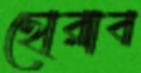
ছোরাব